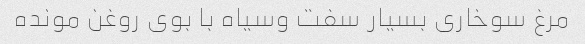
مرغ سوخاری بسیار سفت و‌سیاه با بوی روغن مونده